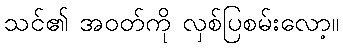
သင်၏ အဝတ်ကို လှစ်ပြစမ်းလော့။